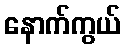
နောက်ကွယ်